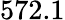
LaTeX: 572.1